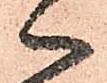
へ